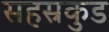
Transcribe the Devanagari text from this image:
सहस्रकुड